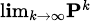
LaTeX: \scriptstyle\operatorname*{l\mathbf{i}m}_{k\to\infty}\mathbf{{P}}^{k}